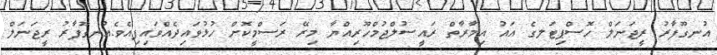
އުނގޫފާރު ރީޖަނަލް ހޮސްޕިޓަލގެ އައު އިމާރާތް ރައީސުލްޖުމްހޫރިއްޔާ މިރޭ ރަސްމީކޮށް ހުޅުވައިދެއްވައިފިއެވެ.އުނގޫފާރު ރީޖަނަލް